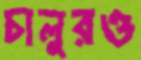
চালুরও